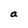
Character: a